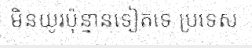
មិនយូរប៉ុន្មានទៀតទេ ប្រទេស